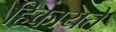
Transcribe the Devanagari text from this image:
हिकायतें